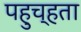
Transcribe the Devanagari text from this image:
पहुच्हता